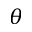
\boldsymbol { \theta }